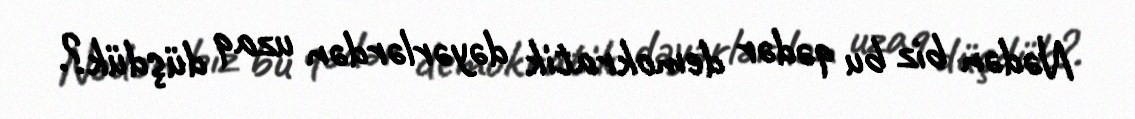
Nədən biz bu qədər demokratik dəyərlərdən uzaq düşdük?.